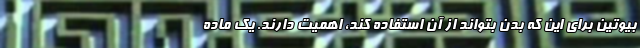
بیوتین برای این که بدن بتواند از آن استفاده کند، اهمیت دارند. یک ماده